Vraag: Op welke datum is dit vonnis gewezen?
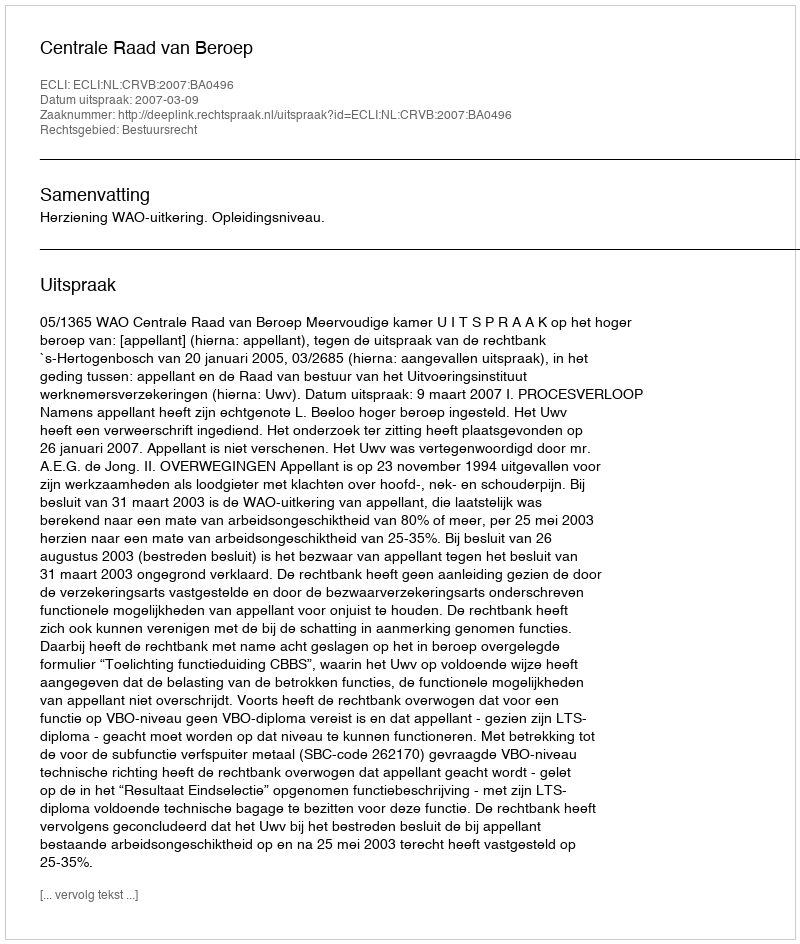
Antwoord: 2007-03-09